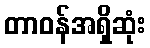
တာဝန်အရှိဆုံး